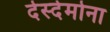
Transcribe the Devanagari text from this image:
देस्देमोना